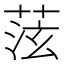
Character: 𫈞